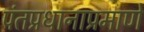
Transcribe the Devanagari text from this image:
पंतप्रधानाप्रमाणे